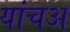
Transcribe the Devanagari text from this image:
यांचअ